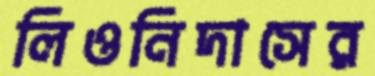
লিওনিদাসের